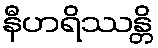
နီဟရိဿန္တိ